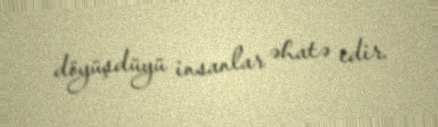
döyüşdüyü insanlar əhatə edir.